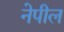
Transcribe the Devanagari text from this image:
नेपील